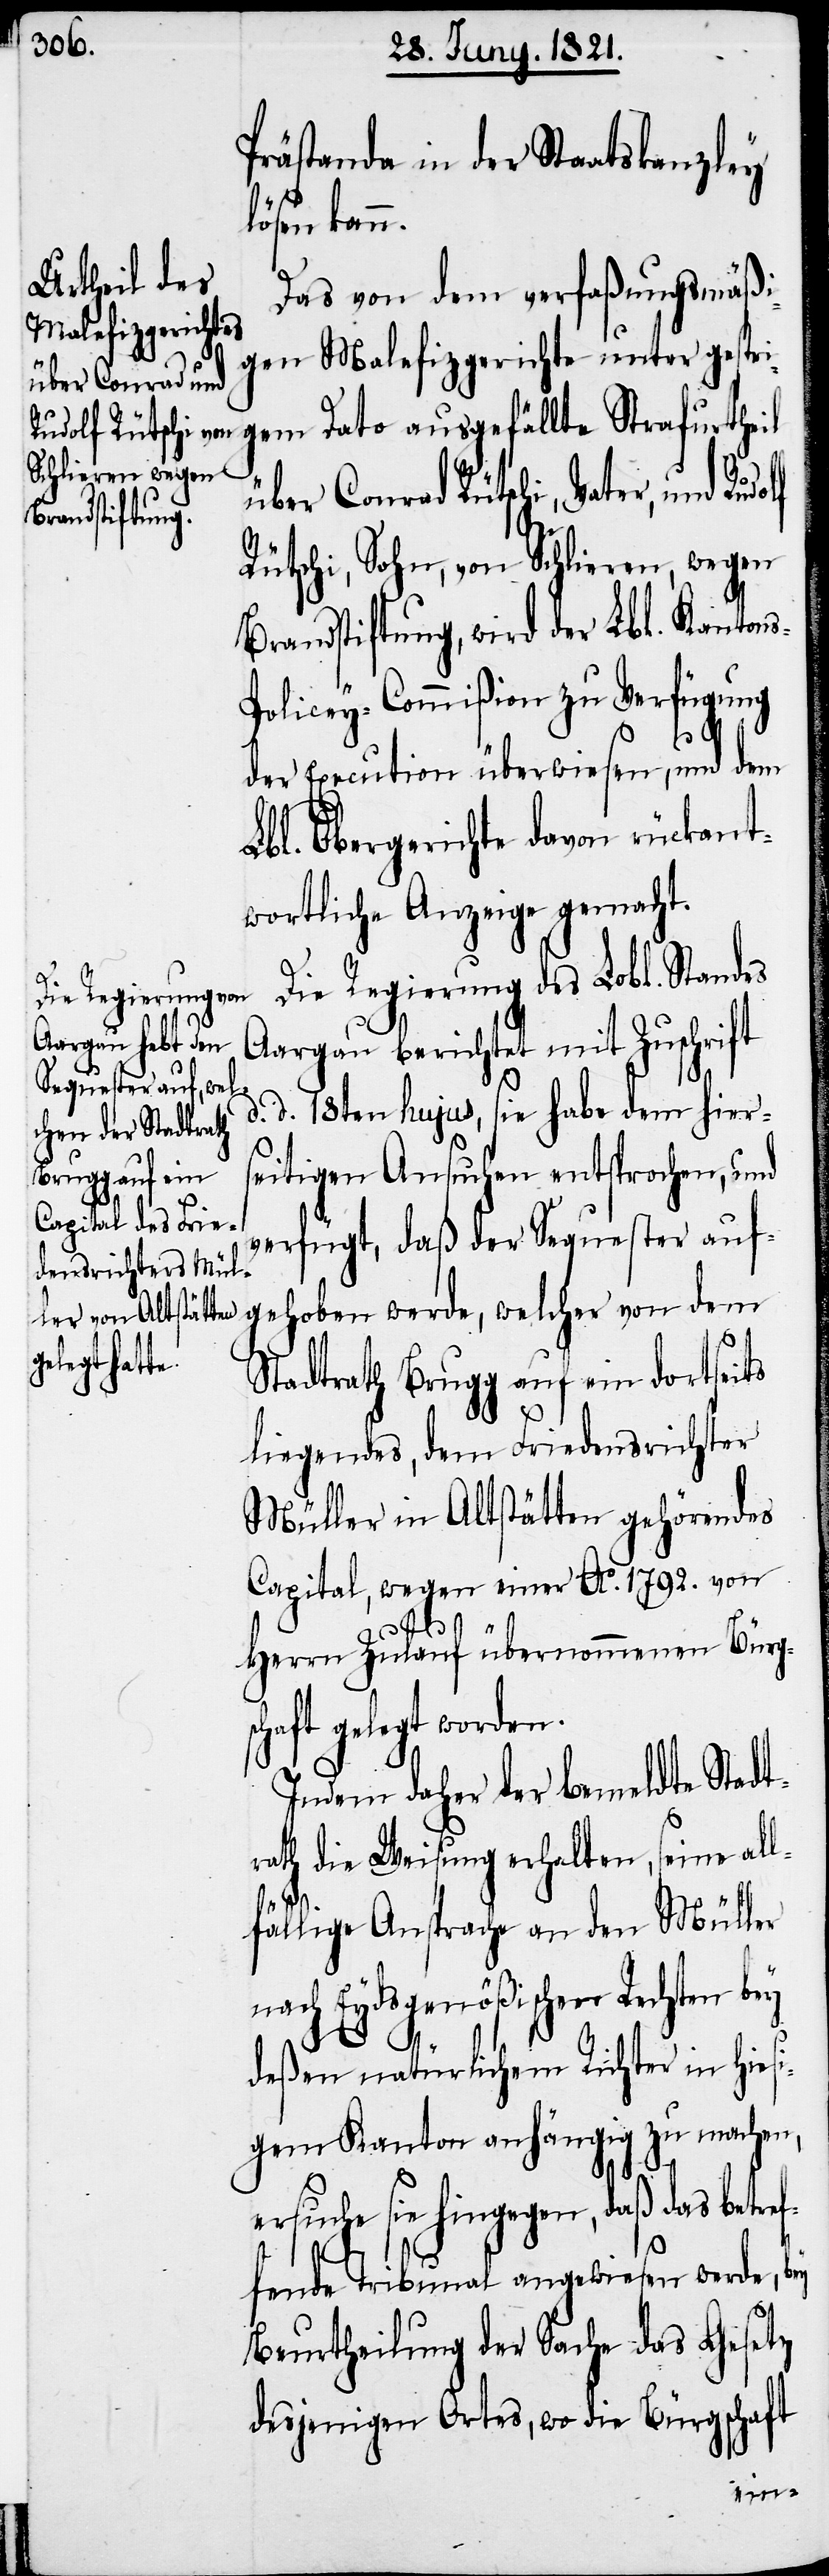
Prästanda in der Staatskanzley
lösen kann.
Das von dem Verfaßungsmäßi¬
gen Malefizgerichte unter gestri¬
gem Dato ausgefällte Strafurtheil
über Conrad Rütschi, Vater, und
Rütschi, Sohn, von Schlieren, wegen
randstiftung, wird der Lbl. Kanton¬
olicey-Commißion zu Verfügung
der Execution überwiesen, und dem
Lbl. Obergerichte davon rückant¬
wortliche Anzeige gemacht.
Die Regierung des Lobl. Standes
Aargau berichtet mit Zuschrift
d.
d. 18ten hujus, sie habe dem hier¬
seitigen Ansuchen entsprochen, und
verfügt, daß der Sequester auf¬
gehoben werde, welcher von dem
Stadtrath Brugg auf ein dortseits
liegendes, dem Friedensrichter
Müller in Altstätten gehörendes
Capital, wegen einer Ao. 1792. von
Herrn Zulauf übernommenen Bürg¬
schaft gelegt worden.
Indem daher der bemeldte Stadt¬
rath die Weisung erhalten, seine all¬
fällige Ansprache an den Müller
nach Eydsgenößischen Rechten bey
deßen natürlichem Richter in hiesi¬
gem Kanton anhängig zu machen,
ersuche sie hingegen, daß das betre¬
f¬
fende Tribunal angewiesen werde, bey
Beurtheilung der Sache das Gesetz
desjenigen Ortes, wo die Bürgschaft